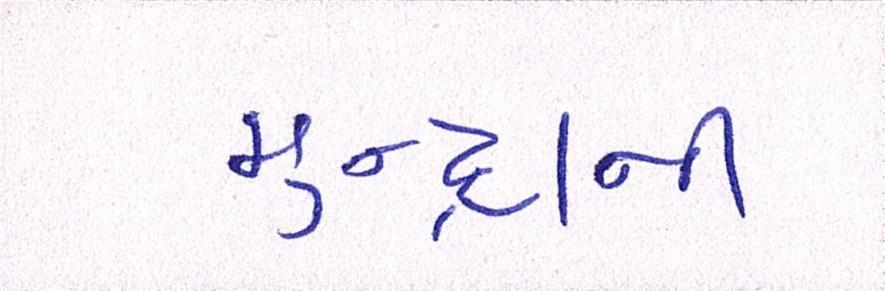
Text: મુન્દ્રાની